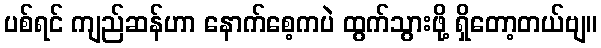
ပစ်ရင် ကျည်ဆန်ဟာ နောက်စေ့ကပဲ ထွက်သွားဖို့ ရှိတော့တယ်ဗျ။